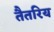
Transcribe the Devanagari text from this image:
तैतरिय